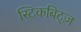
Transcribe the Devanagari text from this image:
स्टिकबिट्ज़